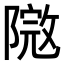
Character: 𨻮